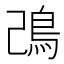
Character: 𩾠